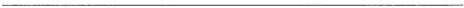
___